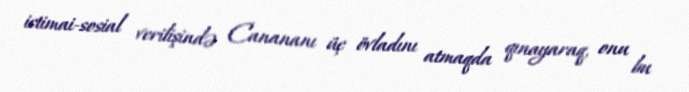
ictimai-sosial verilişində Canananı üç övladını atmaqda qınayaraq, onu bu